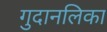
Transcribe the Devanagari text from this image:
गुदानलिका